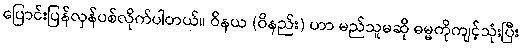
ပြောင်းပြန်လှန်ပစ်လိုက်ပါတယ်။ ဝိနယ (ဝိနည်း) ဟာ မည်သူမဆို ဓမ္မကိုကျင့်သုံးပြီး